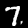
Label: 7